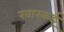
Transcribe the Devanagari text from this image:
खारकई